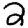
Digit: 2